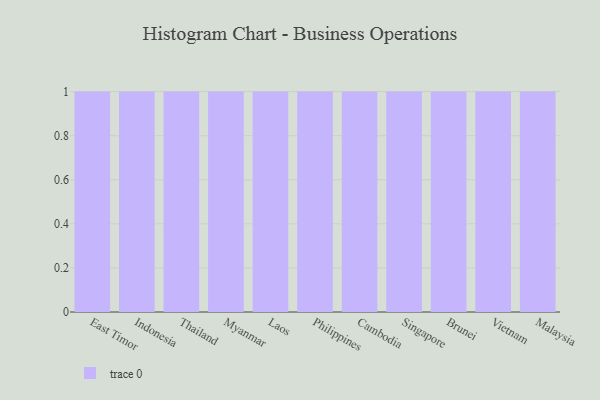
{"axis": {"x": "Country", "y": "Revenue (USD Million)"}, "legend": [""], "data": [{"x": "East Timor", "y": 25, "type": ""}, {"x": "Indonesia", "y": 72, "type": ""}, {"x": "Thailand", "y": 82, "type": ""}, {"x": "Myanmar", "y": 19, "type": ""}, {"x": "Laos", "y": 11, "type": ""}, {"x": "Philippines", "y": 56, "type": ""}, {"x": "Cambodia", "y": 49, "type": ""}, {"x": "Singapore", "y": 41, "type": ""}, {"x": "Brunei", "y": 3, "type": ""}, {"x": "Vietnam", "y": 28, "type": ""}, {"x": "Malaysia", "y": 5, "type": ""}]}